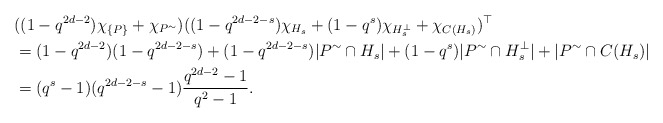
\begin{align*} &((1-q^{2d-2}) \chi_{\{P\}} + \chi_{P^\sim}) ((1-q^{2d-2-s}) \chi_{H_s} + (1-q^{s}) \chi_{H_s^\perp} + \chi_{C(H_s)})^\top\\ &= (1-q^{2d-2}) (1-q^{2d-2-s}) + (1-q^{2d-2-s}) |P^\sim \cap H_s| + (1-q^{s}) |P^\sim \cap H_s^\perp| + |P^\sim \cap C(H_s)|\\ &= (q^s-1)(q^{2d-2-s}-1)\frac{q^{2d-2}-1}{q^2-1}. \end{align*}